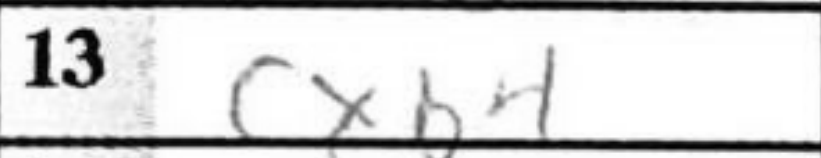
Transcription: cxb4